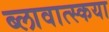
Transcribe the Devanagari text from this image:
ब्लावात्स्कया